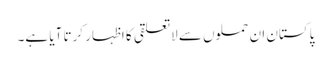
پاکستان ان حملوں سے لاتعلقی کا اظہار کرتا آیا ہے۔